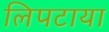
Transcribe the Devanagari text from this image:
लिपटाया